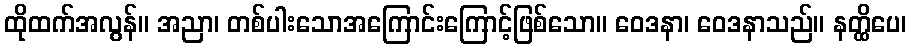
ထိုထက်အလွန်။ အညာ၊ တစ်ပါးသောအကြောင်းကြောင့်ဖြစ်သော။ ဝေဒနာ၊ ဝေဒနာသည်။ နတ္ထိပေ၊